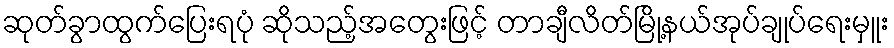
ဆုတ်ခွာထွက်ပြေးရပုံ ဆိုသည့်အတွေးဖြင့် တာချီလိတ်မြို့နယ်အုပ်ချုပ်ရေးမှူး